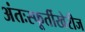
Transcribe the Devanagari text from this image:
अंतःस्फूर्तीखेरीज